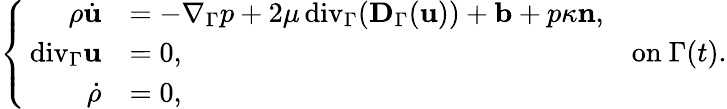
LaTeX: \left\{ \begin{array}{rl}{\rho\dot{\mathbf u}}&{=-\nabla_{\Gamma}p+2\mu{\mathop{\, \mathrm{div}}}_{\Gamma}(\mathbf D_{\Gamma}(\mathbf u))+\mathbf b+p\kappa\mathbf n,}\\ {{\mathop{\, \mathrm{div}}}_{\Gamma}\mathbf u}&{=0,}\\ {\dot{\rho}}&{=0,}\end{array}\right.\quad\mathrm{on}~\Gamma(t).